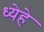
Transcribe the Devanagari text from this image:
ध्येहे